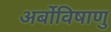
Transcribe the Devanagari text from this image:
अर्बोविषाणु